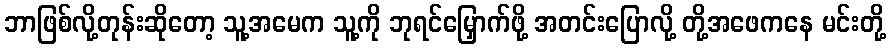
ဘာဖြစ်လို့တုန်းဆိုတော့ သူ့အမေက သူ့ကို ဘုရင်မြှောက်ဖို့ အတင်းပြောလို့ တို့အဖေကနေ မင်းတို့